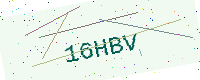
Text: 16HBV